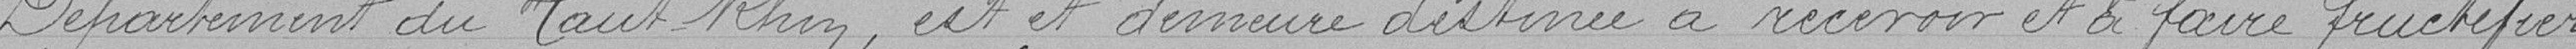
Département du Haut Rhin, est et demeure destinée à recevoir et à faire fructifier